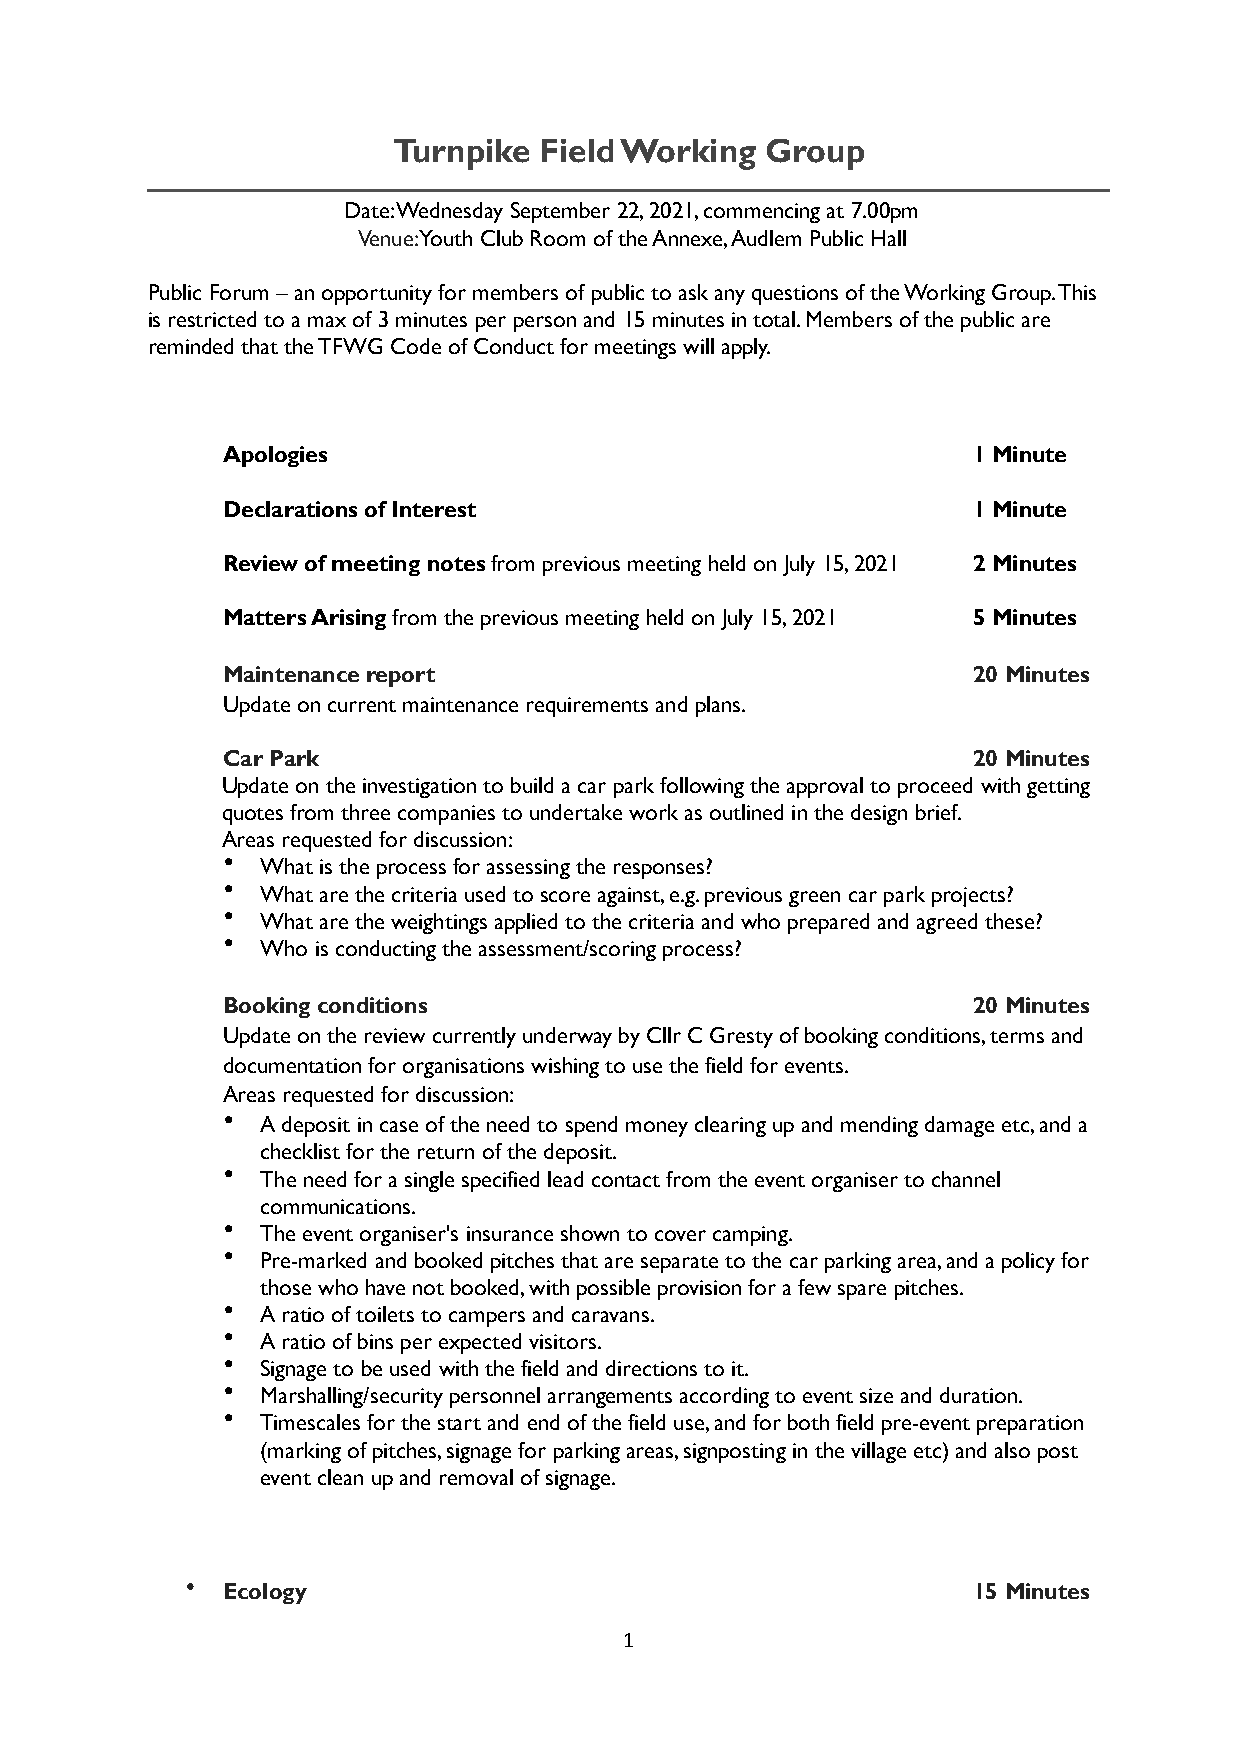
Turnpike  Field Working  Group
 Date: Wednesday September 22, 2021, commencing at 7.00pm
 Venue: Youth Club Room of the Annexe, Audlem Public Hall
 Public Forum – an opportunity for members of public to ask any questions of the Working Group. This
 is restricted to a max of 3 minutes per person and 15 minutes in total. Members of the public are
 reminded that the TFWG Code of Conduct for meetings will apply.
 Apologies                                        1 Minute
 Declarations of Interest                         1 Minute
 Review of meeting notes from previous meeting held on July 15, 2021 2 Minutes
 Matters Arising from the previous meeting held on July 15, 2021 5 Minutes
 Maintenance report                               20 Minutes
 Update on current maintenance requirements and plans.
 Car Park                                         20 Minutes
 Update on the investigation to build a car park following the approval to proceed with getting
 quotes from three companies to undertake work as outlined in the design brief.
 Areas requested for discussion:
 • What is the process for assessing the responses?
 • What are the criteria used to score against, e.g. previous green car park projects?
 • What are the weightings applied to the criteria and who prepared and agreed these?
 • Who is conducting the assessment/scoring process?
 Booking conditions                               20 Minutes
 Update on the review currently underway by Cllr C Gresty of booking conditions, terms and
 documentation for organisations wishing to use the field for events.
 Areas requested for discussion:
 • A deposit in case of the need to spend money clearing up and mending damage etc, and a
 checklist for the return of the deposit.
 • The need for a single specified lead contact from the event organiser to channel
 communications.
 • The event organiser's insurance shown to cover camping.
 • Pre-marked and booked pitches that are separate to the car parking area, and a policy for
 those who have not booked, with possible provision for a few spare pitches.
 • A ratio of toilets to campers and caravans.
 • A ratio of bins per expected visitors.
 • Signage to be used with the field and directions to it.
 • Marshalling/security personnel arrangements according to event size and duration.
 • Timescales for the start and end of the field use, and for both field pre-event preparation
 (marking of pitches, signage for parking areas, signposting in the village etc) and also post
 event clean up and removal of signage.
 •  Ecology                                          15 Minutes
 1